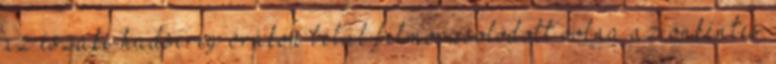
az északi hadsereg órákon belül felmorzsolódott volna az önkéntes